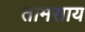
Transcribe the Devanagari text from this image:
तामसाय